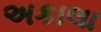
અકાલા